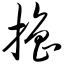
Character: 撸